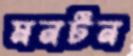
মনটন